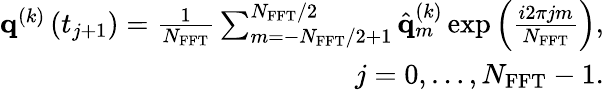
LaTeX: \begin{array}{r}{{\mathbf{q}}^{\left(k\right)}\left(t_{j+1}\right)=\frac{1}{N_{\mathrm{FFT}}}\sum_{m=-N_{\mathrm{FFT}}/2+1}^{N_{\mathrm{FFT}}/2}\hat{{\mathbf{q}}}_{m}^{\left(k\right)}\exp\left({\frac{i2\pi jm}{N_{\mathrm{FFT}}}}\right),}\\ {j=0,\dots,N_{\mathrm{FFT}}-1.}\end{array}